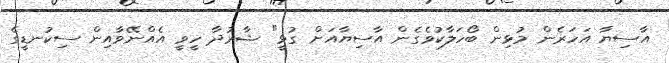
އާސިޔާ އަހަރެން މުޅިން ބޯހަލާކުވެގެން އާސިޔާއަށް ގުޅީ" ޝާރުދާ ހީވީ އެއްނޭވާއިން ސިކުނޑީގެ